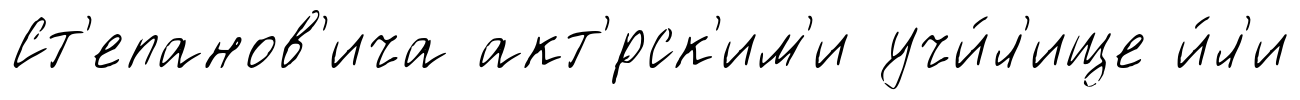
Ст'епанов'ича акт'́рск'им'и учи́л'ище и́л'и